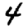
Digit: 4